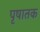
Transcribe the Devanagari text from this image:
पृषातक